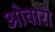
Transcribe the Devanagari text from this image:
ओवारो